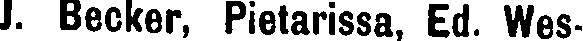
J. Becker, Pietarissa, Ed. YVes-